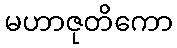
မဟာဇုတိကော